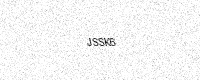
Text: JSSK6